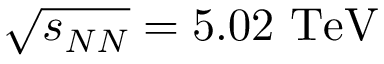
\sqrt { s _ { N N } } = 5 . 0 2 \ \mathrm { T e V }